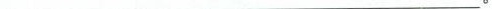
___。